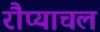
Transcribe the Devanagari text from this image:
रौप्याचल